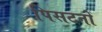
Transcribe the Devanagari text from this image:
पिसटनों